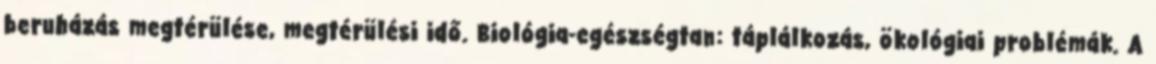
beruházás megtérülése, megtérülési idő. Biológia-egészségtan: táplálkozás, ökológiai problémák. A